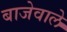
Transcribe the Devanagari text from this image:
बाजेवाले